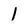
Character: l